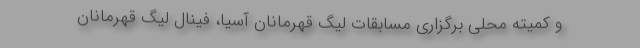
و کمیته محلی برگزاری مسابقات لیگ قهرمانان آسیا، فینال لیگ قهرمانان